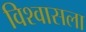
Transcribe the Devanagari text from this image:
विश्वासला